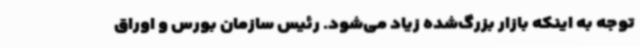
توجه به اینکه بازار بزرگ‌شده زیاد می‌شود. رئیس سازمان بورس و اوراق